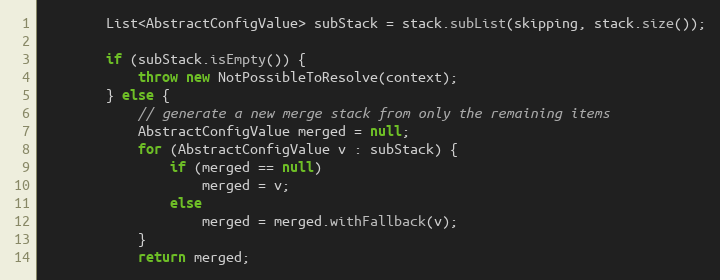
Language: Java
        List<AbstractConfigValue> subStack = stack.subList(skipping, stack.size());

        if (subStack.isEmpty()) {
            throw new NotPossibleToResolve(context);
        } else {
            // generate a new merge stack from only the remaining items
            AbstractConfigValue merged = null;
            for (AbstractConfigValue v : subStack) {
                if (merged == null)
                    merged = v;
                else
                    merged = merged.withFallback(v);
            }
            return merged;